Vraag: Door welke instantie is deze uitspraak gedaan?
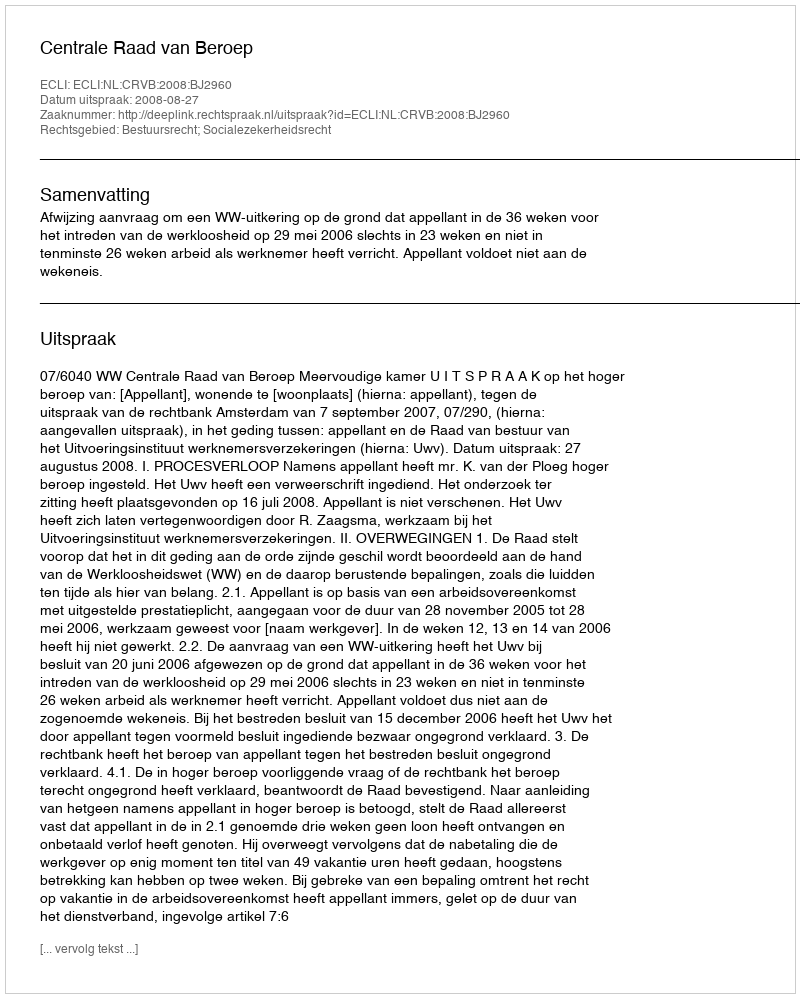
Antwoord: Centrale Raad van Beroep